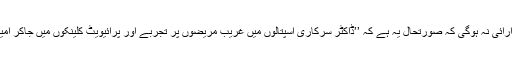
اگر یہ کہاجائے تو مبالغہ آرائی نہ ہوگی کہ صورتحال یہ ہے کہ ’’ڈاکٹر سرکاری اسپتالوں میں غریب مریضوں پر تجربے اور پرائیویٹ کلینکوں میں جاکر امیروں کا علاج کیاجاتاہے‘‘۔